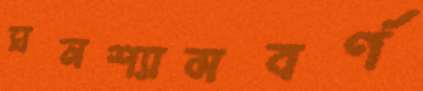
ঘনশ্যামবর্ণ